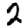
Digit: 2